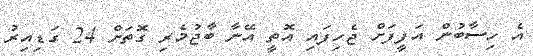
އެ ހިސާބުން އަފީފަށް ޖެހިފައި އޮތީ އޭނާ ބާޖުމެރި ގޮތަށް 24 ގަޑިއިރު